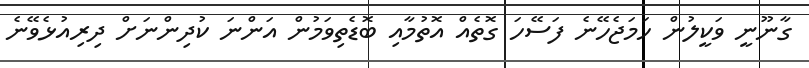
ގާނޫނީ ވަކީލުން ހަމަޖެހޭނެ ފަސޭހަ ގޮތެއް އޮތުމާއި ބޮޑެތިވަމުން އަންނަ ކުދިންނަށް ދިރިއުޅެވޭނެ